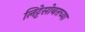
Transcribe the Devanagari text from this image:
लिट्टेसोबतच्या